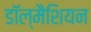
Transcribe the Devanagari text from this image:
डॉल्मैशियन